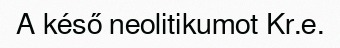
A késő neolitikumot Kr.e.